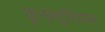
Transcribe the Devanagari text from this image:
कुन्फ़्यूशियस